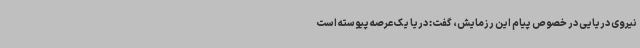
نیروی دریایی در خصوص پیام این رزمایش، گفت: دریا یک عرصه پیوسته است